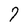
Character: 7